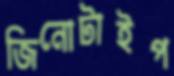
জিনোটাইপ